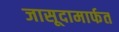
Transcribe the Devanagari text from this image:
जासूदामार्फत